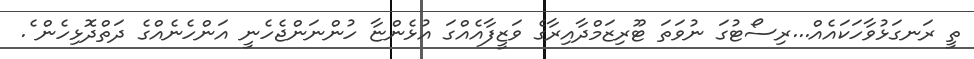
ތީ ރަނގަޅުވާހަކައެއް...ރިސޯޓުގަ ނުވަތަ ޓޫރިޒަމްދާއިރާގެ ވަޒީފާއެއްގަ އުޅެންޏާ ހުންނަންޖެހެނީ އަންހެނެއްގެ ދަތްދޮޅިހެން ެެެެެެެެެެެެެެެެެ.